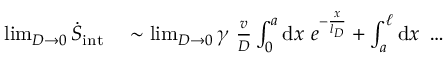
\begin{array} { r l } { \operatorname* { l i m } _ { D \rightarrow 0 } \dot { S } _ { \mathrm { i n t } } } & { { } \sim \operatorname* { l i m } _ { D \rightarrow 0 } \gamma ~ \frac { v } { D } \int _ { 0 } ^ { a } \mathrm { d } x ~ e ^ { - \frac { x } { l _ { D } } } + \int _ { a } ^ { \ell } \mathrm { d } x ~ \dots } \end{array}